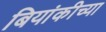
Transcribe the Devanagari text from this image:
बियांकीच्या